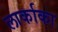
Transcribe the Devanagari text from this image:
लार्काका